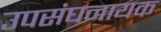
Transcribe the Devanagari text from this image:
उपसंघनायक